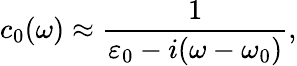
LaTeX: c_{0}(\omega)\approx\frac{1}{\varepsilon_{0}-i(\omega-\omega_{0})},